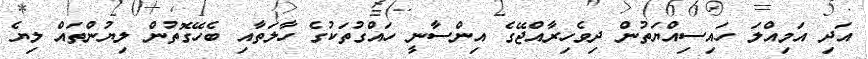
އަދި އަމިއްލަ ހައިސިއްޔަތުން ދިވެހިރާއްޖޭގެ އިންސާނީ ހައްގުތަކުގެ ހާލަތާއި ބެހޭގޮތުން ލިޔުންތައް ލިޔެ